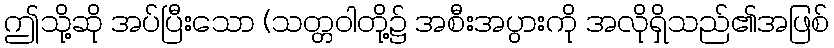
ဤသို့ဆို အပ်ပြီးသော (သတ္တဝါတို့၌ အစီးအပွားကို အလိုရှိသည်၏အဖြစ်